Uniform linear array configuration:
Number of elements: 32
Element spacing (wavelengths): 1
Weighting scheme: binomial
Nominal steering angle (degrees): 45
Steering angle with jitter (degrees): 45.796
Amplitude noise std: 0.05
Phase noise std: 0.05

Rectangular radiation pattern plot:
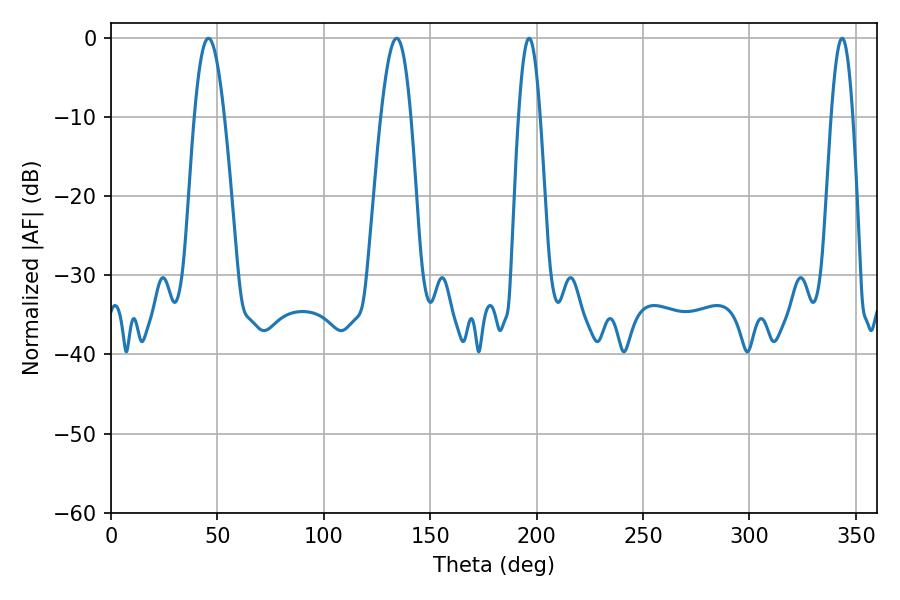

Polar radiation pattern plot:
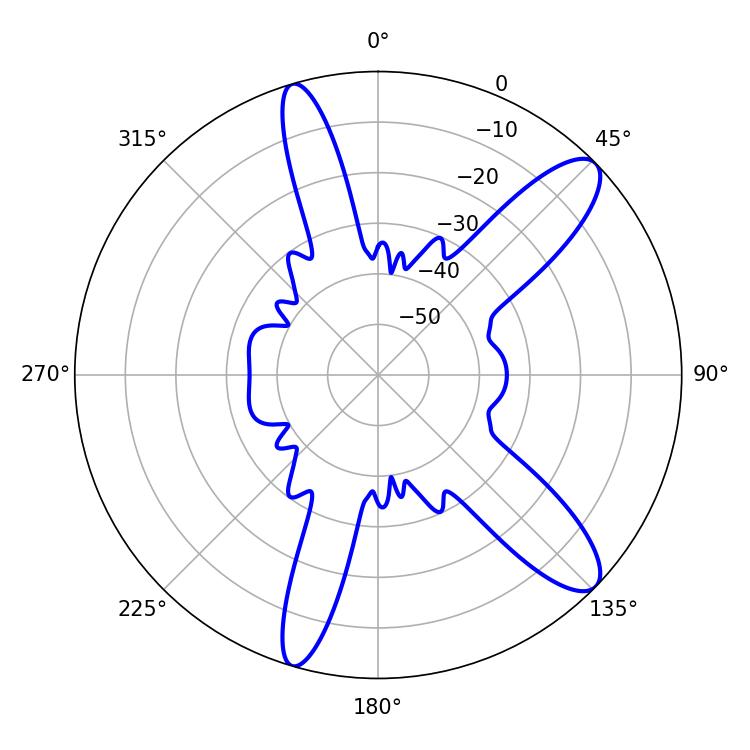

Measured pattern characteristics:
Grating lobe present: TRUE
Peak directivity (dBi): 11.292
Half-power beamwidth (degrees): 7.56
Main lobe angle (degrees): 45.72